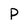
Character: P